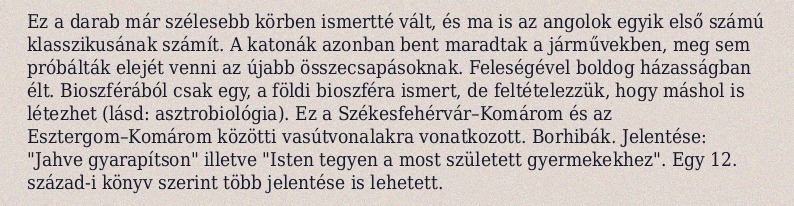
Ez a darab már szélesebb körben ismertté vált, és ma is az angolok egyik első számú klasszikusának számít. A katonák azonban bent maradtak a járművekben, meg sem próbálták elejét venni az újabb összecsapásoknak. Feleségével boldog házasságban élt. Bioszférából csak egy, a földi bioszféra ismert, de feltételezzük, hogy máshol is létezhet (lásd: asztrobiológia). Ez a Székesfehérvár–Komárom és az Esztergom–Komárom közötti vasútvonalakra vonatkozott. Borhibák. Jelentése: "Jahve gyarapítson" illetve "Isten tegyen a most született gyermekekhez". Egy 12. század-i könyv szerint több jelentése is lehetett.